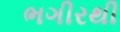
ભગીરથી